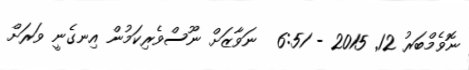
ނޮވެމްބަރު 12